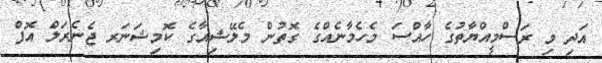
އަދި މި ރަސްމީއްޔާތުގެ ހާއްސަ މެހެމާނެއްގެ ގޮތުން މެލޭޝިއާގެ ކޮމިޝަނަރ ޖެނެރަލް އޮފް